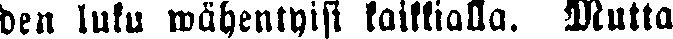
den luku wähentyisi kaikkialla. Mutta